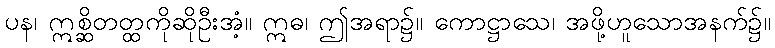
ပန၊ ဣစ္ဆိတတ္ထကိုဆိုဦးအံ့။ ဣဓ၊ ဤအရာ၌။ ကောဋ္ဌာသေ၊ အဖို့ဟူသောအနက်၌။